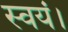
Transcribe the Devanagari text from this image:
स्वयं।